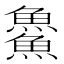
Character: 𩺰